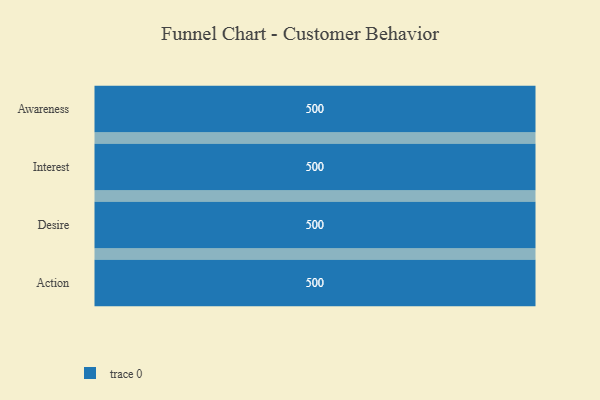
{"axis": {"x": "Stage", "y": "Value"}, "legend": [""], "data": [{"x": "Awareness", "y": 500, "type": ""}, {"x": "Interest", "y": 500, "type": ""}, {"x": "Desire", "y": 500, "type": ""}, {"x": "Action", "y": 500, "type": ""}]}